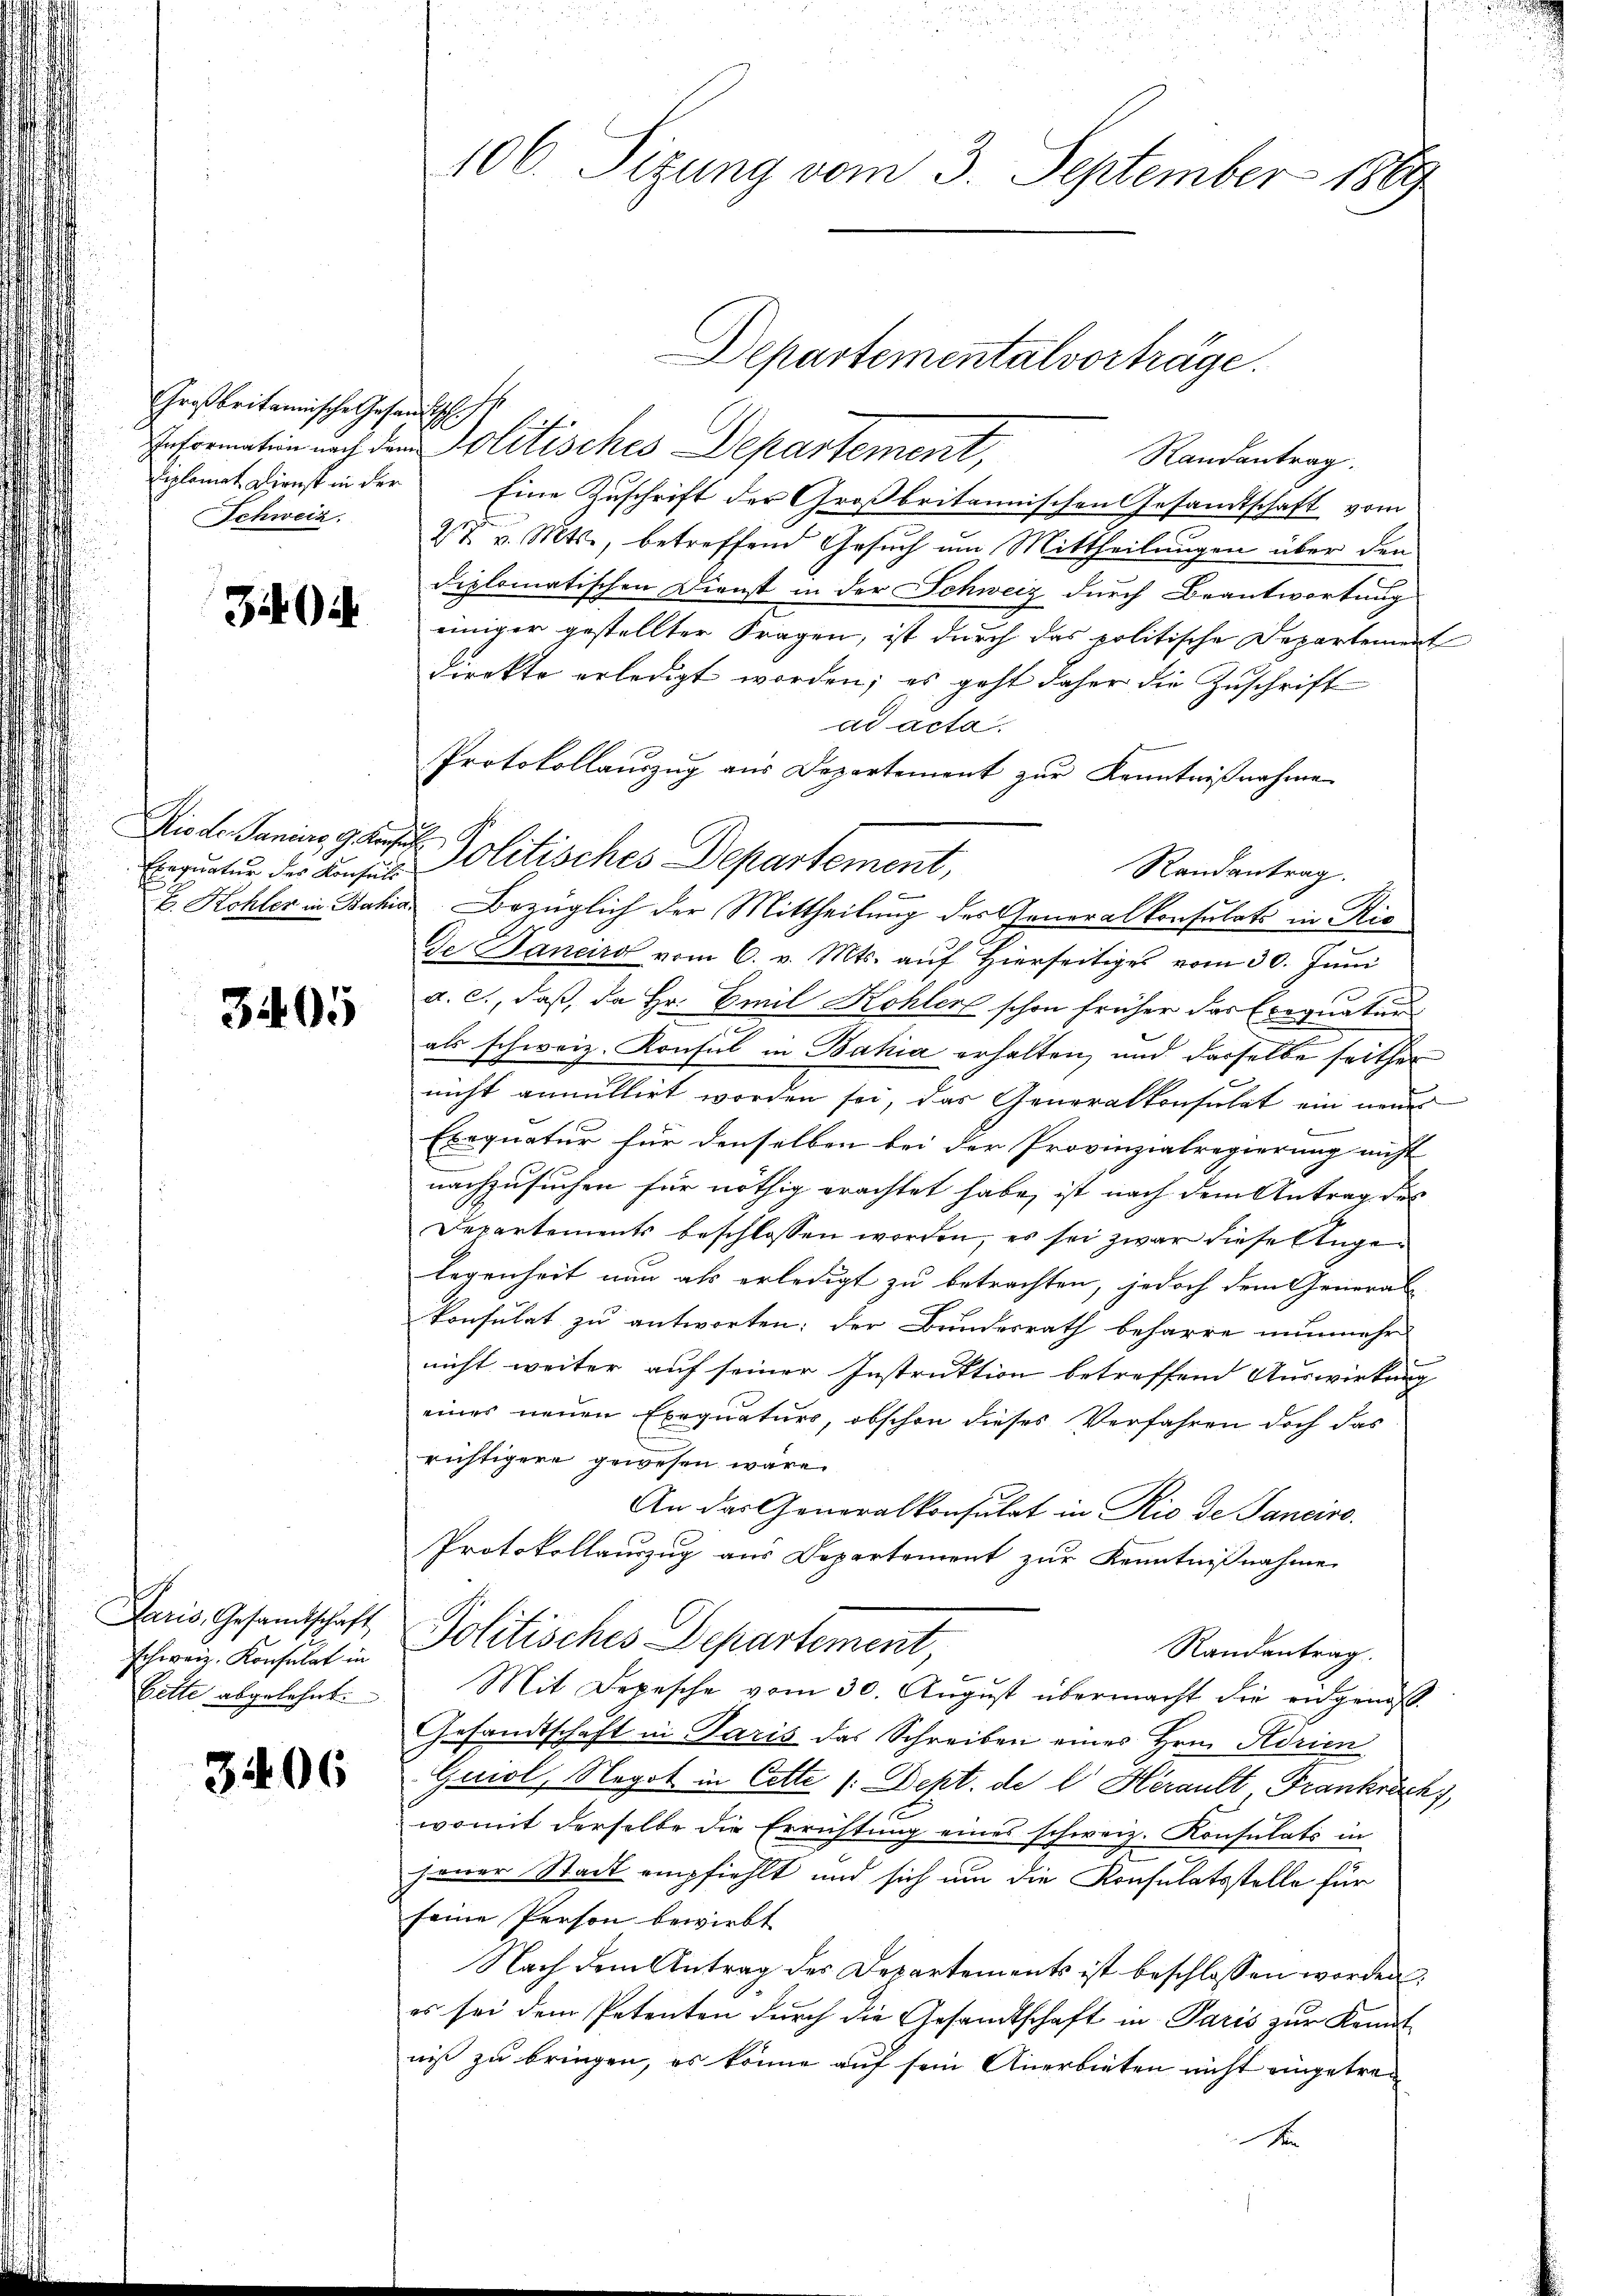
Großbritannische Gesandtschehe
Schweiz.

340

Exequatur der Konsuls

3405

Paris, Gesandtschaft
schweiz. Konsulat in
bette abgelehnt.

3406

106. Sitzung vom 3. September 1889

Departementalvorträge.
Information nach dem Politisches Departement,
Randantrag.
Eiplomat Dienst in der Eine Zuschrift der Großbritannischen Gesandtschaft vom
27. v. Mts., betreffend Gesuch um Mittheilungen über den
diplomatischen Dienst in der Schweiz durch Beantwortung
einiger gestellter Fragen, ist durch das politische Departement
direkte erledigt worden; es geht daher die Zuschrift
ad acta
Protokollauszug aus Departement zur Kenntnißnahme
Randantrag.
E. Kohler in Bahia Bezüglich der Mittheilung des Generalkonsulats in Ric
De Bancird vom 6. v. Mts. aŭf hierseitiges vom 30. Jŭni
a. c., daß da Hr. Emil Kohler schon früher das Exequatur
als schweiz. Konsul in Bahia erhalten, und derselbe seither
nicht annullirt worden sei, das Generalkonsulat ein neues
Exequatur für denselben bei der Provinzialregierung nicht
nachzusuchen für nöthig erachtet habe, ist nach dem Antrag des
Departements beschlossen worden, es sei zwar diese Angelegenheit nun als erledigt zu betrachten, jedoch dem General
konsulat zu antworten; der Bundesrath beharre nunmehr
nicht weiter auf seiner Instruktion betreffend Auswirkung
eines neuen Exequaturs, obschon dieses Verfahren doch das
richtigere gewesen wäre.
An das Generalkonsulat in Rio de Sanciro.
Protokollauszug aus Departement zur Kenntnißnahme
Politisches Departement,
Randantrag.
Mit Depesche vom 30. August übermacht die eidgenoß
Gesandtschaft in Paris das Schreiben eines Hrn. Adrien
Quiol, Negot in Cette (: Dept. de l Herault Frankräch),
womit derselbe die Errichtung eines schweiz. Konsulats in
jener Stadt empfiehlt und sich um die Konsulatsstelle für
seine Person bewirbt
Nach dem Antrag des Departements ist beschlossen worden,
es sei dem Petenten durch die Gesandtschaft in Paris zur Kenntniß zu bringen, es könne auf sein Anerbieten nicht eingetren
A

Niede Sanias, gar Politisches Departement,